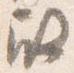
殿